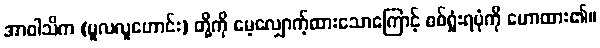
အာဝါသိက (မူလလူဟောင်း) တို့ကို မေ့လျှောက့်ထားသောကြောင့် စစ်ရှုံးရပုံကို ဟောထား၏။